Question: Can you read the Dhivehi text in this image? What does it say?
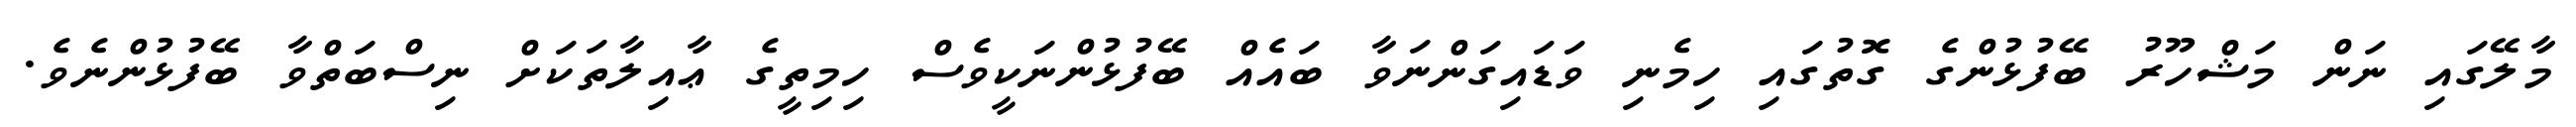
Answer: މާލޭގައި ނަން މަޝްހޫރު ބޭފުޅުންގެ ގޮތުގައި ހިމެނި ވަޑައިގަންނަވާ ބައެއް ބޭފުޅުންނަކީވެސް ހިމިތީގެ ޢާއިލާތަކަށް ނިސްބަތްވާ ބޭފުޅުންނެވެ.